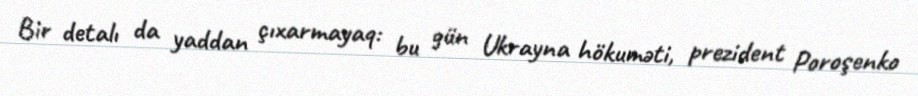
Bir detalı da yaddan çıxarmayaq: bu gün Ukrayna hökuməti, prezident Poroşenko